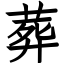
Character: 葬